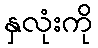
နှလုံးကို